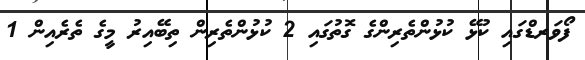
ފޯވަރޑްގައި ކުޅޭ ކުޅުންތެރިންގެ ގޮތުގައި 2 ކުޅުންތެރިން ތިބޭއިރު މީގެ ތެރެއިން 1